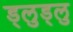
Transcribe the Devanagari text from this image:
ड्लुड्लु